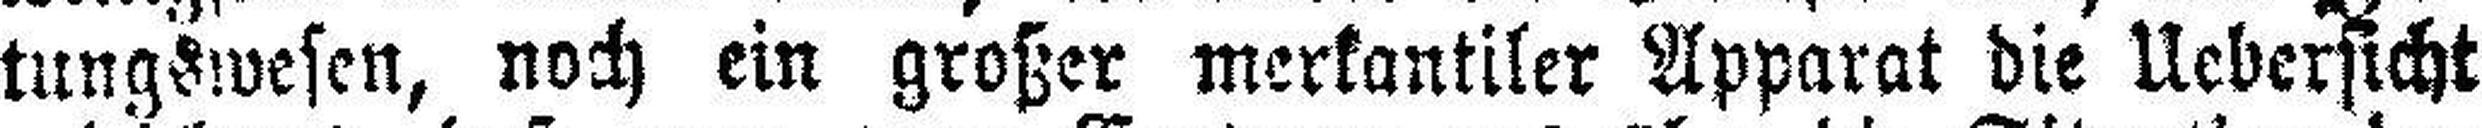
tungswesen, noch ein großer merkantiler Apparat die Uebersicht